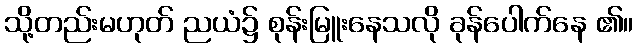
သို့တည်းမဟုတ် ညယံ၌ စုန်းမြူးနေသလို ခုန်ပေါက်နေ ၏။